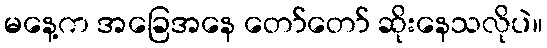
မနေ့က အခြေအနေ တော်တော် ဆိုးနေသလိုပဲ။